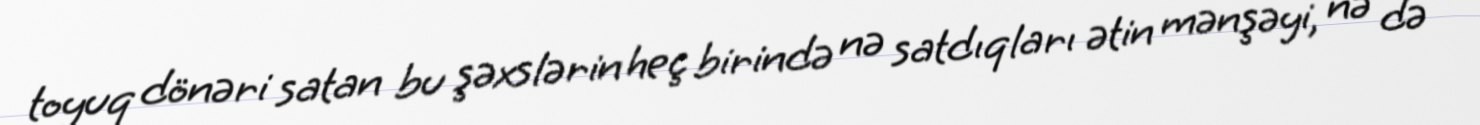
toyuq dönəri satan bu şəxslərin heç birində nə satdıqları ətin mənşəyi, nə də